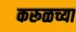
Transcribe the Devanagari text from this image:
करूळच्या